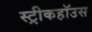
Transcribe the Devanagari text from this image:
स्ट्रीकहॉउस